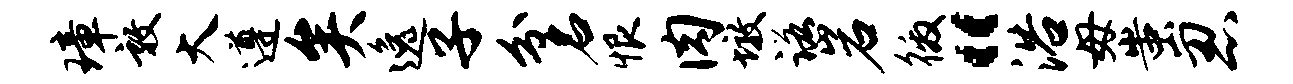
璋敦大遵矣逸子分名恨肉墩诺岩徼“浴毋蚩忍